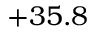
+ 3 5 . 8